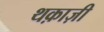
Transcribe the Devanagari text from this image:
थक़ाज़ी